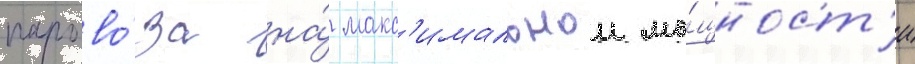
парово́за на́ макс'имальнои мо́щност'и